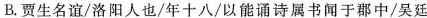
B贾生名谊/洛阳人也/年十八/以能通诗属书闻于郡中/吴廷刷